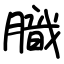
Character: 膱